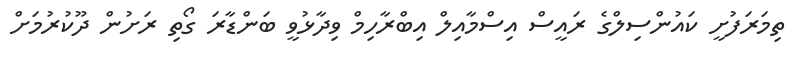
ތިމަރަފުށީ ކައުންސިލްގެ ރައީސް އިސްމާއިލް އިބްރާހިމް ވިދާޅުވީ ބަންޑާރަ ގޯތި ރަށުން ދޫކުރުމަށް